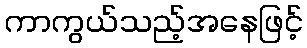
ကာကွယ်သည့်အနေဖြင့်